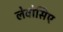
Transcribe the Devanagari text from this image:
लेवोसिए